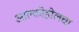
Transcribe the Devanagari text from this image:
आल्कोहोलचा